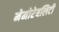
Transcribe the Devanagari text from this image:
मेमोरेबलिटी